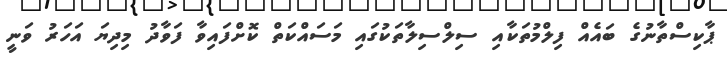
ޕާކިސްތާނުގެ ބައެއް ފިލްމުތަކާއި ސިލްސިލާތަކުގައި މަސައްކަތް ކޮށްފައިވާ ފަވާދު މިދިޔަ އަހަރު ވަނީ